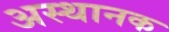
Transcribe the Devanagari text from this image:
अस्थानक